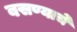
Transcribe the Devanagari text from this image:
बसण्याचे